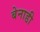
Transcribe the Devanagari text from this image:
बेनाडी